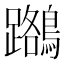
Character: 𪆽